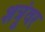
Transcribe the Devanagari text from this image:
शत्रूंवर